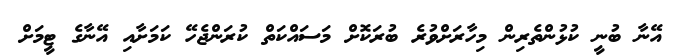
އޭނާ ބުނީ ކުޅުންތެރިން މިހާރަށްވުރެ ބުރަކޮށް މަސައްކަތް ކުރަންޖެހޭ ކަމަށާއި އޭނާގެ ޓީމަށް